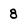
Character: 8